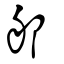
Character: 郍